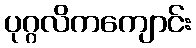
ပုဂ္ဂလိကကျောင်း